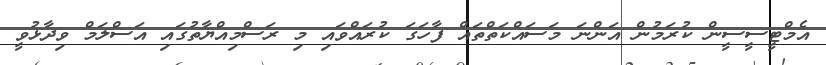
އެމްޓީސީސީން ކުރަމުން އަންނަ މަސައްކަތްތައް ފާހަގަ ކުރައްވައި މި ރަސްމިއްޔާތުގައި އަސްލަމް ވިދާޅުވީ